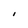
Character: I